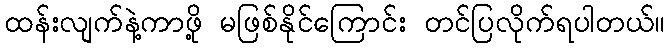
ထန်းလျက်နဲ့ကာဖို့ မဖြစ်နိုင်ကြောင်း တင်ပြလိုက်ရပါတယ်။